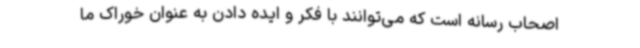
اصحاب رسانه است که می‌توانند با فکر و ایده دادن به عنوان خوراک ما